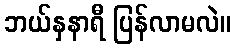
ဘယ်နှနာရီ ပြန်လာမလဲ။